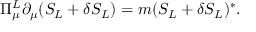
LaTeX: \Pi _ { \mu } ^ { L } \partial _ { \mu } ( S _ { L } + \delta S _ { L } ) = m ( S _ { L } + \delta S _ { L } ) ^ { * } .